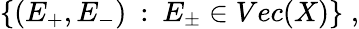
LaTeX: \{ (E_{+},E_{-})\: :\: E_{\pm}\in Vec(X)\} \; ,